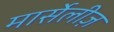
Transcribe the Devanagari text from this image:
मार्सेलीज़